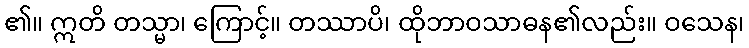
၏။ ဣတိ တသ္မာ၊ ကြောင့်။ တဿာပိ၊ ထိုဘာဝသာဓန၏လည်း။ ဝသေန၊